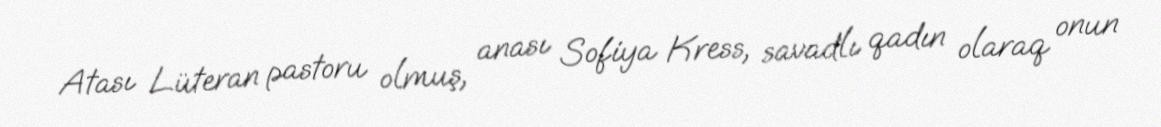
Atası Lüteran pastoru olmuş, anası Sofiya Kress, savadlı qadın olaraq onun